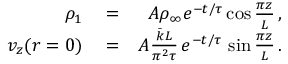
\begin{array} { r l r } { \rho _ { 1 } } & { { } = } & { A \rho _ { \infty } e ^ { - t / \tau } \cos \frac { \pi z } { L } \, , } \\ { v _ { z } ( r = 0 ) } & { { } = } & { A \frac { \bar { k } L } { \pi ^ { 2 } \tau } \, e ^ { - t / \tau } \, \sin \frac { \pi z } { L } \, . } \end{array}